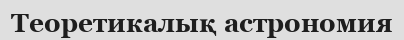
Теоретикалық астрономия